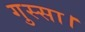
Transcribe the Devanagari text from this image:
गुस्सा।